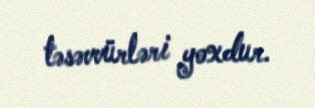
təsəvvürləri yoxdur.